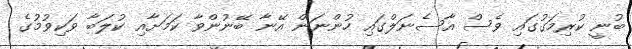
ބުނީ ކުރިމަގުގައި ވެސް އާސެނަލްގައި ހުންނަން އޭނާ ބޭނުންވާ ކަމަށާއި ކުލަބާ ވަކިވުމުގެ